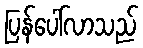
ပြန်ပေါ်လာသည်